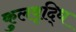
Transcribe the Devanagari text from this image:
कुलवृद्धि